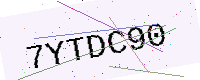
Text: 7YTDC90